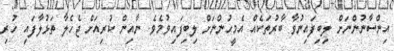
އިންސާނުންނަށް ލިބިފައިނުވާ ބާރުތަކެއް އެމީހުންނަށް ލިބިފައިވުމެވެ. ނާއިން ކުރިއަށް ޖެހެލާ ތަޅުލާފައި ހުރި